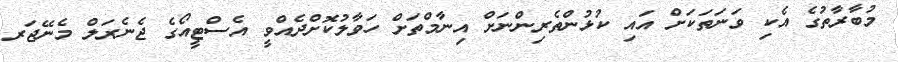
މުބާރާތުގެ އެކި ވަނަތަކަށް އައި ކުޅުންތެރިންނަށް އިނާމްތަށް ހަވާލުކޮށްދެއްވީ އެސްޓީއޯގެ ޖެނެރަލް މެނޭޖަރ